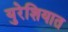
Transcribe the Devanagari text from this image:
युरेशियात